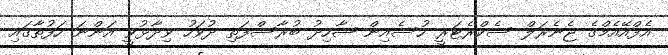
އެފްއޭއެމްގެ ޖެނެރަލް ސެކްރެޓަރީ ހުސެއިން ޝާހިދު ބުރާސްފަތި ދުވަހު ވިދާޅުވީ އަންނަ ހަފުތާގައި